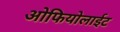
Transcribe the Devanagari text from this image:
ओफियोलाईट